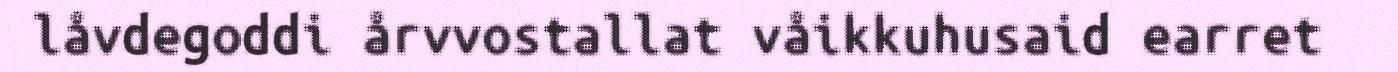
låvdegoddi årvvostallat våikkuhusaid earret